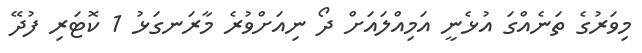
މިވަރުގެ ތަނެއްގަ އުޅެނީ އަމިއްލައަށް ދޯ ނިއަށްވުރެ މާރަނގަޅު 1 ކޮޓަރި ފުދޭ